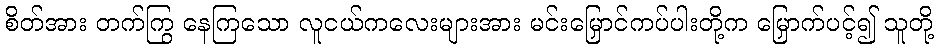
စိတ်အား တက်ကြွ နေကြသော လူငယ်ကလေးများအား မင်းမြှောင်ကပ်ပါးတို့က မြှောက်ပင့်၍ သူတို့